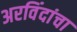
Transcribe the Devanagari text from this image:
अरविंदांचा